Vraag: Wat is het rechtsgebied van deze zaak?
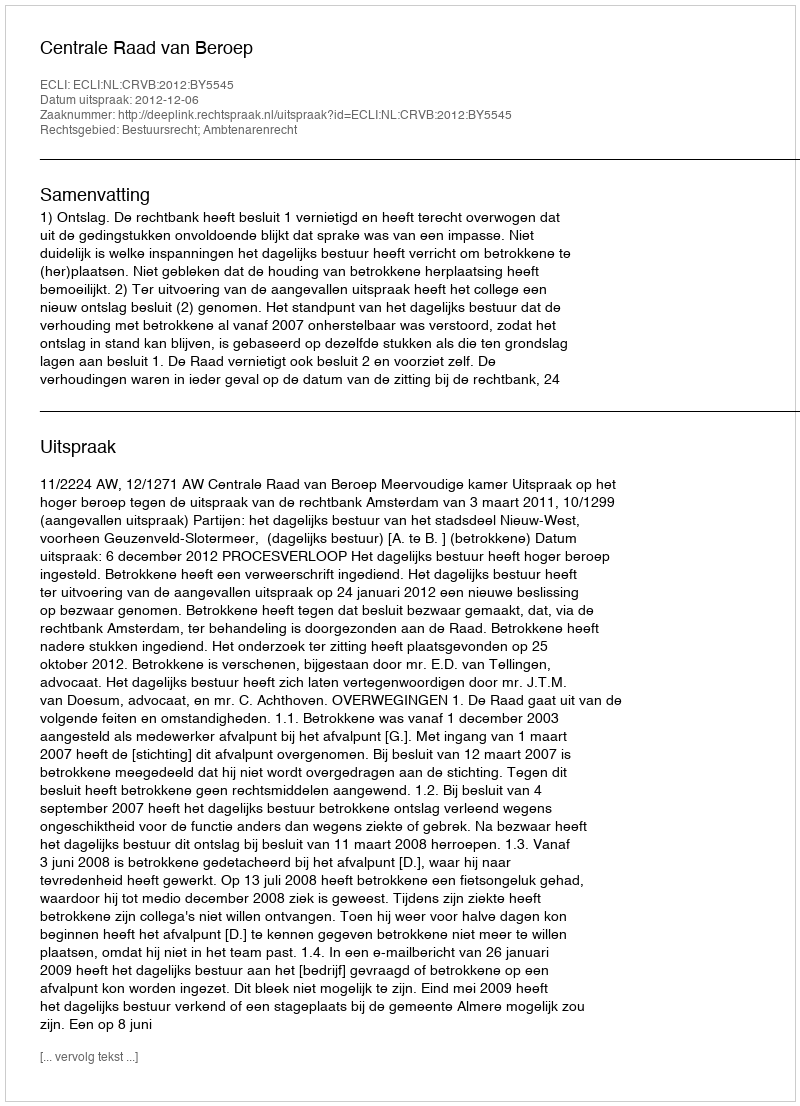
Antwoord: Bestuursrecht; Ambtenarenrecht